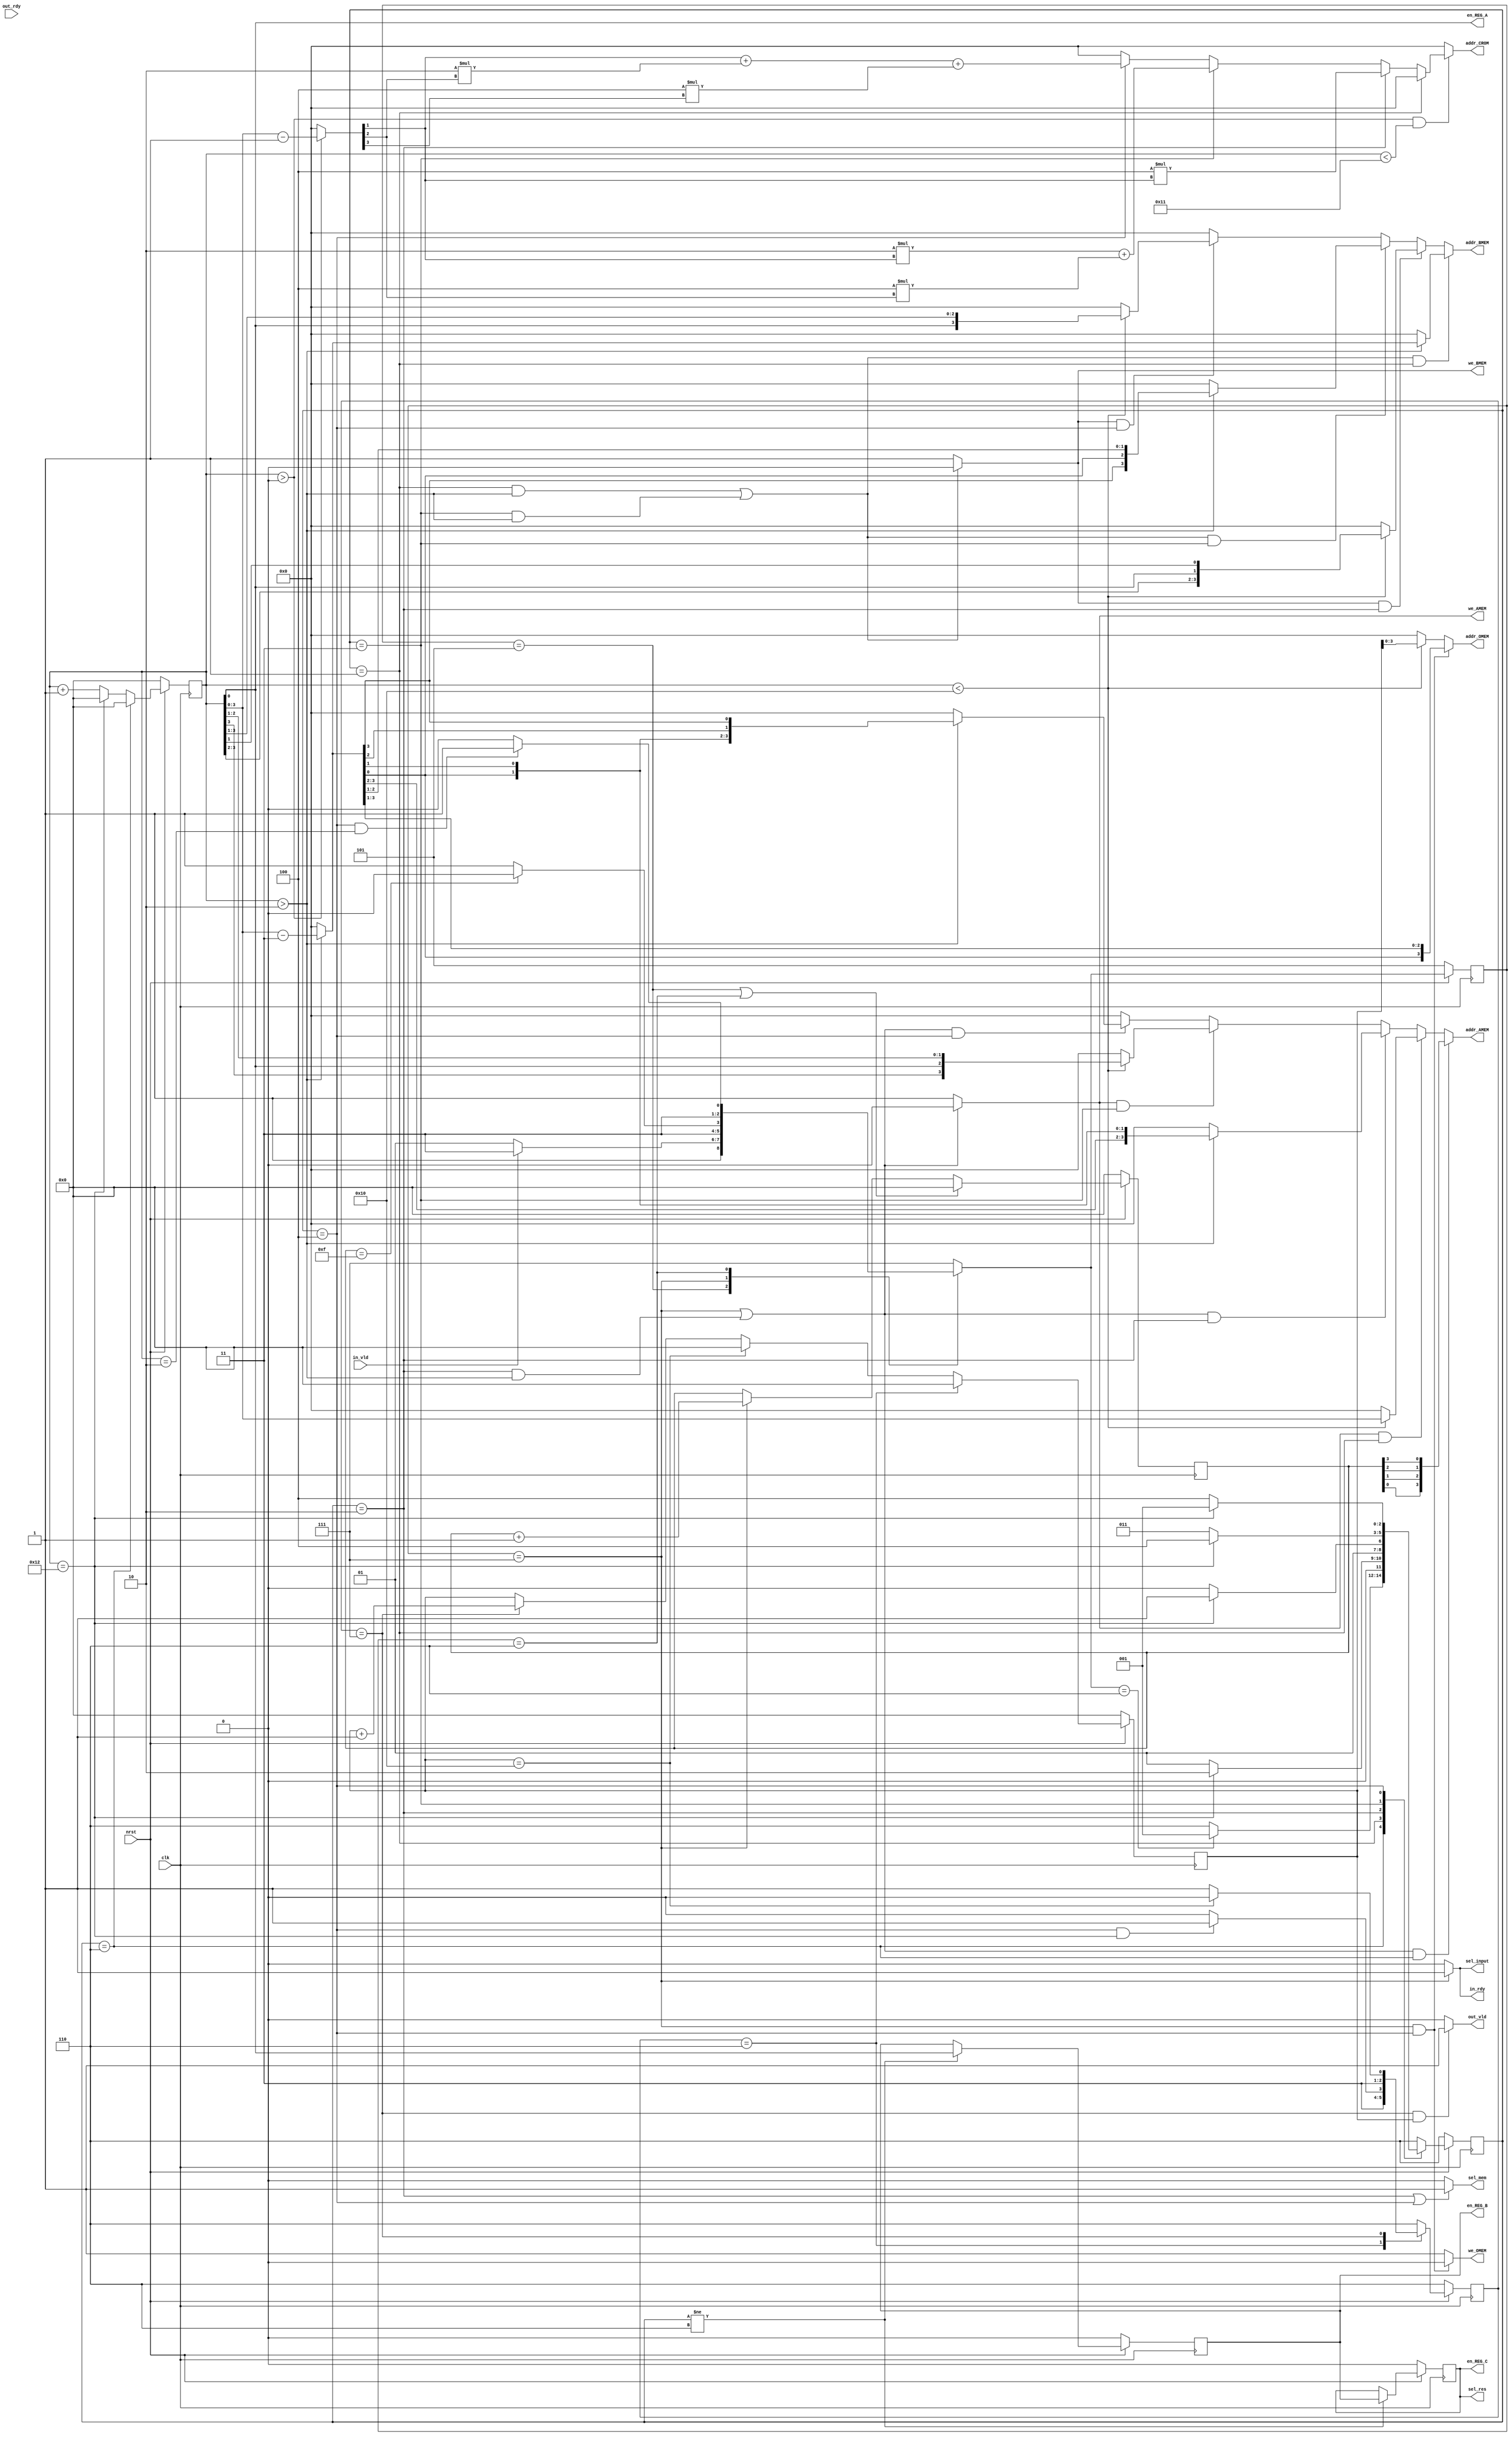
/******************************************************************************
Copyright (c) 2022 SoC Design Laboratory, Konkuk University, South Korea
All rights reserved.

Redistribution and use in source and binary forms, with or without
modification, are permitted provided that the following conditions are
met: redistributions of source code must retain the above copyright
notice, this list of conditions and the following disclaimer;
redistributions in binary form must reproduce the above copyright
notice, this list of conditions and the following disclaimer in the
documentation and/or other materials provided with the distribution;
neither the name of the copyright holders nor the names of its
contributors may be used to endorse or promote products derived from
this software without specific prior written permission.

THIS SOFTWARE IS PROVIDED BY THE COPYRIGHT HOLDERS AND CONTRIBUTORS
"AS IS" AND ANY EXPRESS OR IMPLIED WARRANTIES, INCLUPRE_G, BUT NOT
LIMITED TO, THE IMPLIED WARRANTIES OF MERCHANTABILITY AND FITNESS FOR
A PARTICULAR PURPOSE ARE DISCLAIMED. IN NO EVENT SHALL THE COPYRIGHT
OWNER OR CONTRIBUTORS BE LIABLE FOR ANY DIRECT, INDIRECT, INCIDENTAL,
SPECIAL, EXEMPLARY, OR CONSEQUENTIAL DAMAGES (INCLUPRE_G, BUT NOT
LIMITED TO, PROCUREMENT OF SUBSTITUTE GOODS OR SERVICES; LOSS OF USE,
DATA, OR PROFITS; OR BUSINESS INTERRUPTION) HOWEVER CAUSED AND ON ANY
THEORY OF LIABILITY, WHETHER IN CONTRACT, STRICT LIABILITY, OR TORT
(INCLUPRE_G NEGLIGENCE OR OTHERWISE) ARISING IN ANY WAY OUT OF THE USE
OF THIS SOFTWARE, EVEN IF ADVISED OF THE POSSIBILITY OF SUCH DAMAGE.

Authors: Uyong Lee (uyonglee@konkuk.ac.kr)

Revision History
2022.11.17: Started by Uyong Lee
*******************************************************************************/
module controller
	#(parameter N = 4) // 16pt
(
        input 		    clk, nrst, in_vld, out_rdy,
        output wire 	in_rdy, out_vld,
	    output wire	    sel_input,
	    output wire 	sel_res,
        output wire 	sel_mem,
        output wire 	we_AMEM, we_BMEM, we_OMEM,
        output wire 	[N-1:0] addr_AMEM,
        output wire 	[N-1:0] addr_BMEM,
        output wire 	[N-1:0] addr_OMEM,
        output wire 	[N-1:0] addr_CROM, // 4 bits (0 ~ 15)
        output wire 	en_REG_A,
	    output reg	    en_REG_B, en_REG_C
);

reg [N:0] cnt, cnt_in, cnt_out; // 2^5 = 32
reg [N/2:0] cstate, nstate;
reg [N/2:0] cstate_in, cstate_out, nstate_in, nstate_out; // 3 bits

// FSM
localparam
	STALL   = 3'b000, // 0
	STAGE_1 = 3'b001, // 1
	STAGE_2 = 3'b010, // 2
	STAGE_3 = 3'b011, // 3
	STAGE_4 = 3'b100, // 4
	PRE_IN  = 3'b101, // 5
	IDLE    = 3'b110, // 6
	RUN     = 3'b111, // 7
	LCNT	= 2**N + 2; // Pipeline depth = 3, (2**N + 2) + 1 cycle


always @(posedge clk)
begin
    if(!nrst) begin
       cstate     <= IDLE;
	   cstate_in  <= PRE_IN; // 1 cycle
       cstate_out <= IDLE;
    end

    else begin
       cstate     <= nstate;
	   cstate_in  <= nstate_in;
       cstate_out <= nstate_out;
    end
end

always @(*)
begin
	case(cstate_in)
		PRE_IN:
		begin
			if(in_vld)
			begin
				nstate_in <= RUN;
			end
			else
			begin
				nstate_in <= PRE_IN; 
			end
		end
		RUN:
		begin
			if(cnt_in == LCNT - 3) // Pipeline depth = 3
			begin
				nstate_in <= IDLE;
			end
			else
			begin
				nstate_in <= RUN;
			end
		end
		IDLE:
		begin
			if(cstate == STAGE_4 && cnt == 2) // 3 cycles  
			begin
				nstate_in <= RUN;
			end
			else
			begin
				nstate_in <= IDLE;
			end
		end
		default: nstate_in <= RUN;
	endcase

	case(cstate)
		IDLE:
		begin
			if(nstate_in == IDLE) 
				nstate <= STAGE_1;
			else 
				nstate <= IDLE;
		end

		STAGE_1:
		begin
			if(cnt == LCNT) // 18; 19 cycles
				nstate <= STAGE_2;
			else 
				nstate <= STAGE_1;
		end

		STAGE_2:
		begin
			if(cnt == LCNT) 
				nstate <= STAGE_3;
			else 
				nstate <= STAGE_2;
		end

		STAGE_3:
		begin
			if(cnt == LCNT) 
				nstate <= STAGE_4;
			else 
				nstate <= STAGE_3;
		end

		STAGE_4:
		begin
			if(cnt == LCNT)
				nstate <= STAGE_1;
			else
				nstate <= STAGE_4;
		end
		
		default: nstate <= IDLE;
	endcase

	case(cstate_out)
		IDLE:
		begin
			if(cstate == STAGE_4 && cnt == LCNT) 
				nstate_out <= RUN;
			else
				nstate_out <= IDLE;
		end

		RUN:
		begin
			if(cnt_out == LCNT - 2)
				nstate_out <= IDLE;
			else
				nstate_out <= RUN;
		end

		default: nstate_out <= IDLE;
	endcase
end

// Counter
// cnt
always @(posedge clk)
begin
	if(!nrst) cnt <= 0;
	else
	begin
		if(cstate == IDLE) 	 cnt <= 0;
		else if(cnt == LCNT) cnt <= 0;
		else				 cnt <= cnt + 1;
	end
end

// cnt_in
always @(posedge clk)
begin
	if(!nrst) cnt_in <= 0;
	else
	begin
		if(cstate_in == PRE_IN || cstate_in == IDLE) //  nstate_in --> cstate_in
		begin
			cnt_in <= 0;
		end
		else if(cstate_in == RUN)
		begin
			cnt_in <= cnt_in + 1;
		end
		else cnt_in <= cnt_in;
	end
end

always @(posedge clk)
begin
	if(!nrst) cnt_out <= 0;
	else
	begin
		if(cstate_out == IDLE)
		begin
			cnt_out <= 0;
		end
		else if(cnt_out == LCNT - 2)
		begin
			cnt_out <= 0;
		end
		else if(cstate_out == RUN)
		begin
			cnt_out <= cnt_out + 1;
		end
		else cnt_out <= cnt_out;
	end
end

// REG_A
assign en_REG_A = cnt[0]; // 1 for odd count

// REG_B, REG_C
always @(posedge clk) 
begin
	if(!nrst) 
    begin
		en_REG_B <= 0;
		en_REG_C <= 0;
	end
    else if(cstate != IDLE)
    begin
		en_REG_B <= en_REG_A; 	// Delayed 1 cycle from en_REG_A
		en_REG_C <= en_REG_B; 	// Delayed 1 cycle from en_REG_B
	end
	else 
    begin
		en_REG_B <= en_REG_B;
		en_REG_C <= en_REG_C;
	end 
end

// Memory Write Enable
assign we_AMEM 	= (cstate_in == RUN || (cstate == STAGE_2 && cnt > 2)) ? 0 : 1;
assign we_BMEM 	= ((cstate == STAGE_1 && cnt > 2) || (cstate == STAGE_3 && cnt > 2)) ? 0 : 1;
assign we_OMEM 	= (cstate_in == RUN && cstate == STAGE_4) ? 0 : 1;

// Handshake Signals
assign out_vld   = (cstate_out == RUN && cnt_out) ? 1 : 0;
assign in_rdy    = (cstate_in  == RUN) ? 1 : 0;

// MUX Signals
assign sel_input = in_rdy;
assign sel_res 	 = en_REG_C;  
assign sel_mem   = (cstate == STAGE_2 || cstate == STAGE_4) ? 1 : 0;

// Address
wire [N:0] cnt_dly; // Delayed counter
assign cnt_dly = (cnt > 2) ? (cnt - 3) : 0; // Count starts when cnt == 3

// 1. AMEM Address(IDLE: Bit-reversed; 0123, S1: No Change, S2: 0 <-> 1, S3: 3021, S4: Bit-reversed)
wire [N-1:0] tmp0_addr_AMEM, tmp1_addr_AMEM, tmp2_addr_AMEM, tmp3_addr_AMEM, tmp4_addr_AMEM;

assign tmp4_addr_AMEM = (!we_AMEM && cstate == STAGE_4) ? (cnt > 2  ? {cnt_dly[0], cnt_dly[1], cnt_dly[2], cnt_dly[3]} : 0) : 0;
assign tmp3_addr_AMEM = ( we_AMEM && cstate == STAGE_3) ? (cnt < 16 ? {cnt[3], cnt[0], cnt[2], cnt[1]} : 0)				    : tmp4_addr_AMEM;
assign tmp2_addr_AMEM = (!we_AMEM && cstate == STAGE_2) ? (cnt > 2  ? {cnt_dly[3], cnt_dly[2], cnt_dly[0], cnt_dly[1]} : 0) : tmp3_addr_AMEM;
assign tmp1_addr_AMEM = ( we_AMEM && cstate == STAGE_1) ? (cnt < 16 ? {cnt[3], cnt[2], cnt[1], cnt[0]} : 0) 				: tmp2_addr_AMEM;
assign tmp0_addr_AMEM = (!we_AMEM && cstate == IDLE   ) ? 			  {cnt_in[0], cnt_in[1], cnt_in[2], cnt_in[3]}		    : tmp1_addr_AMEM;
assign addr_AMEM = tmp0_addr_AMEM;

// 2. BMEM Address(S1: No Change, S2 : 3201, S3 : 3021, S4 : 0321)
wire [N-1:0] tmp1_addr_BMEM, tmp2_addr_BMEM, tmp3_addr_BMEM, tmp4_addr_BMEM;

assign tmp4_addr_BMEM = ( we_BMEM && cstate == STAGE_4) ? (cnt < 16 ? {cnt[0], cnt[3], cnt[2], cnt[1]} : 0) 				: 0;
assign tmp3_addr_BMEM = (!we_BMEM && cstate == STAGE_3) ? (cnt > 2  ? {cnt_dly[3], cnt_dly[0], cnt_dly[2], cnt_dly[1]} : 0) : tmp4_addr_BMEM;
assign tmp2_addr_BMEM = ( we_BMEM && cstate == STAGE_2) ? (cnt < 16 ? {cnt[3], cnt[2], cnt[0], cnt[1]} : 0) 			  	: tmp3_addr_BMEM;
assign tmp1_addr_BMEM = (!we_BMEM && cstate == STAGE_1) ? (cnt > 2  ? {cnt_dly[3], cnt_dly[2], cnt_dly[1], cnt_dly[0]} : 0) : tmp2_addr_BMEM;
assign addr_BMEM = tmp1_addr_BMEM;

// 3. OMEM Address 
assign addr_OMEM = we_OMEM ? (cnt < 16 ? cnt_out[3:0] : 0) : {cnt_dly[0], cnt_dly[3], cnt_dly[2], cnt_dly[1]};

// 4. CROM Address
wire [N:0] cnt_CROM; // Delayed counter
assign cnt_CROM = (cnt > 0) ? (cnt - 1) : 0; // Count starts when cnt == 1

wire [N-1:0] tmp1_addr_CROM, tmp2_addr_CROM, tmp3_addr_CROM, tmp4_addr_CROM;

assign tmp4_addr_CROM = (cstate == STAGE_4) ? (  cnt_CROM[1] + 2*cnt_CROM[2] + 4*cnt_CROM[3]) : 0;				// 0,1,2,3,4,5,6,7
assign tmp3_addr_CROM = (cstate == STAGE_3) ? (2*cnt_CROM[1] + 4*cnt_CROM[2]				) : tmp4_addr_CROM; // 0,2,4,6
assign tmp2_addr_CROM = (cstate == STAGE_2) ? (4*cnt_CROM[1] 							    ) : tmp3_addr_CROM; // 0,4,0,4
assign tmp1_addr_CROM = (cstate == STAGE_1) ? (0								       	    ) : tmp2_addr_CROM;
assign addr_CROM = (cnt > 0 && cnt < 17) ? tmp1_addr_CROM : 0;	
		
endmodule